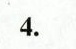
4.